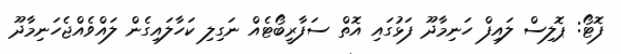
ފޮޓޯ: ޕޮލިސް ލައިފް ހަނިމާދޫ ފަޅުގައި އޮތް ސަފާރީބޯޓެއް ނަގިލި ކަހާލައިގެން ލައްވެއްޖެހަނިމާދޫ